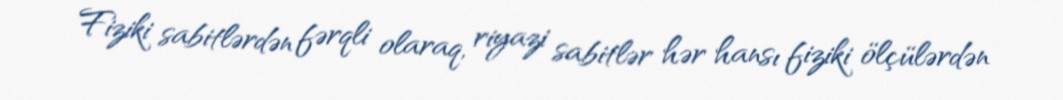
Fiziki sabitlərdən fərqli olaraq, riyazi sabitlər hər hansı fiziki ölçülərdən